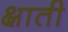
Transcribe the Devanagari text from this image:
क्षाती